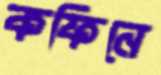
কফিনে